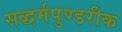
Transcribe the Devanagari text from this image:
सद्धर्मपुण्डरीक